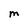
Character: M